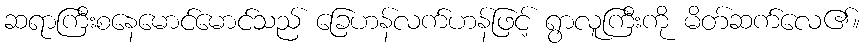
ဆရာကြီးစနေမောင်မောင်သည် ခြေဟန်လက်ဟန်ဖြင့် ရွာလူကြီးကို မိတ်ဆက်လေ၏။